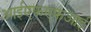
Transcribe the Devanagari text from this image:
आईएफएफआई